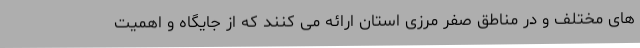
های مختلف و در مناطق صفر مرزی استان ارائه می کنند که از جایگاه و اهمیت